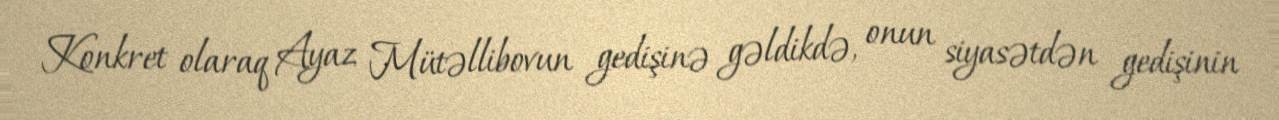
Konkret olaraq Ayaz Mütəllibovun gedişinə gəldikdə, onun siyasətdən gedişinin